Annual report on the lock hospitals of the Madras Presidency
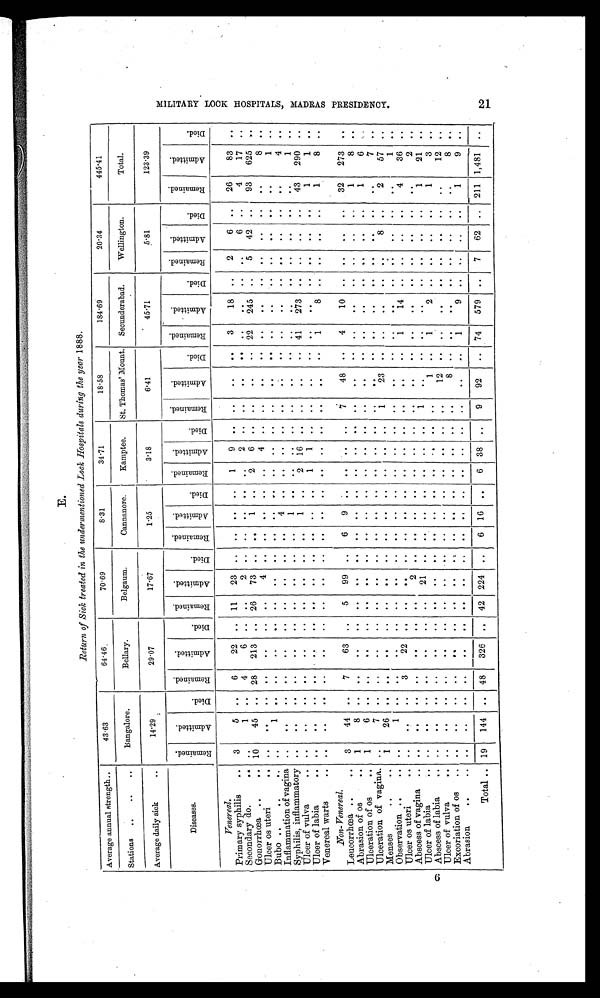
M I L I T A R Y L O C K H O S P I T A L S , M A D R A S P R E S I D E N C Y .
21
E.
Return of Sick, treated in the undermentioned Lock hospitals during the year 1888.
Average annual strength..
43.63
64.46
70.69
8.31
3 4 . 7 1
18.58
184.69
20.34
445.41
Stations 6 .. .. ..
Bangalore.
Bellary.
Bel gaum.
Cannanore.
Kamptee.
St. Thomas' Mount. Secunderabad.
Wellington.
Total.
Average daily sick
. .
14.29
29.07
17.67
1.25
3.18
6.41
45.71
5.81
123.39
Diseases.
R e m a i n e d .
A d m i t t e d .
D i e d .
R e m a i n e d .
A d m i t t e d .
D i e d .
R e m a i n e d . A d m i t t e d .
D i e d .
R e m a i n e .
A d m i t t e d .
D i e d .
R e m a i n e d .
A d m i t t e d .
D i e d .
R e m a i n e d .
A d m i t t e d .
D i e d .
R e m a i n e d .
A d m i t t e d .
D i e d .
R e m a i n e d .
A d m i t t e d .
D i e d .
R e m a i n e d . A d m i t t e d .
D i e d .
Venereal.
Primary syphilis
.. 3
5 ..
6
22
.. 11 23 .. ..
. .
. .
1
9
. .
. .
. .
. . 3
18
. . 2
6 .. 26
83
. .
Secondary do.
. . . .
1
. . 4
6 ..
. .
2
. . ..
. .
. . ..
2
. .
. .
. .
. .
. .
. .
..
. .
6
. .
4
17
..
Gonorrhœa ..
.. 10
45 .. 28 213 .. 26 73
. . ..
1
. . 2 6
. . ..
. .
.. 22 245
. . 5 42 ..
93 625
..
Ulcer os uteri
. . . .
. .
. .
. .
. . ..
. . 4
. . ..
. .
. .
. . 4
. . ..
. .
. .
..
. . . . ..
. . . . ..
8
. .
Bubo .. . .
..
1
. .
. .
. . .. . .
. .
. . ..
. .
. .
. .
. . . . ..
. .
. . ..
. .
. . . . .. .. ..
1 . .
Inflammation of vagina .. ..
. .
. .
. . ..
.. ..
. .
. . ..
4
. .
. .
. . . . .. ..
. .
. .
. .
. .
. .
. .
. .
4 . .
Syphilis, inflammatory ..
. .
. .
. .
. . .. . .
. .
. .
..
1
. .
. .
. . . . ..
. . ..
..
. .
. .
. .
. .
. .
. .
1 . .
Ulcer of vulva
.. ..
. .
. .
. .
. . . . . .
. .
. . ..
1
. . 2 16
. .
..
.. .. 41 273
. . ..
. .
. .
4 3 290
..
Ulcer of labia
. . ..
..
. .
. .
.. .. . .
. .
. . ..
. .
. . 1
1
. . ..
. . .. ..
. .
. . .. ..
. .
1
1 ..
Venereal warts
. . ..
. .
. .
. .
. .
. . . .
. .
. . ..
. .
. .
. .
. . . .
..
. . ..
1
8
. . ..
. .
. .
1
8 . .
Non-Venereal.
Leucorrhœa ..
. . 3
44
. . 7
63
.. 5 99
. . 6 9
. .
. . . .
. .
7
48 .. 4
10
. . ..
. . ..
32 273
. .
A b r a s i o n o f o s
. . 1
8
. .
. . ..
.. . .
. .
. . ..
. .
. .
. . . .
. . ..
. . .. ..
. .
. . ..
. . ..
1
8 ..
U l c e r a t i o n o f o s
. . 1
6
. .
. .
. .
..
. . . .
. . ..
. .
. .
. . . .
. .
..
. . ..
. .
. .
. .
..
. . .. 1
6 . .
Ulceration of vagina. ..
7 .. ..
. . ..
. .
. .
. . ..
. .
. .
. . . .
. . ..
. .
..
. .
. .
. .
..
. . ..
7
Menses
..
. . 1
26
. . ..
. . ..
. .
. .
. . ..
. .
. .
. . . .
. .
1
23 .. ..
. .
. .
..
8
..
2
5 7 ..
Observation ..
. . ..
1
. .
. .
. .
. . . .
. .
. .
..
. .
. .
. . . .
. . ..
. . ..
..
. .
. . ..
. . .. ..
1 ..
U l c e r o s u t e r i
. . ..
. .
. . 3
22
.. . .
. . .. ..
. .
. .
. .
. .
. .
..
. . ..
1
1 4
. .
..
. . ..
4
3 6
. .
Abscess of vagina .. ..
. .
. .
. .
. .
.. . .
2 .. ..
. .
. .
. .
. .
. . ..
. . ..
. .
. .
. .
..
. . ..
. .
2 ..
Ulcer of labia
..
. .
. .
. .
. .
.. . . 21 .. ..
. .
. .
. .
. .
. .
1
. . ..
. .
. .
. .
..
. . ..
1
2 1 ..
A b s c e s s o f l a b i a . .
..
. .
. .
. .
. .
.. . .
. . .. ..
. .
. .
. .
. .
. . ..
1 ..
1
2
. .
..
. . ..
1
3
..
U l c e r o f v u l v a
. . ..
. .
. . . .
. . ..
. . .. .. ..
. .
. .
. .
. . ..
12 ..
. .
. .
. .
..
. . .. ..
1 2 . .
Excoriation of os
..
. . ..
. .
. .
.. . .
. . ..
. . . .
. .
. .
. .
. .
..
8 ..
. .
. .
. .
.. . .
..
..
8
. .
Abrasion
..
. . ..
. .
. .
. .
. .
. . . . ..
.. ..
. .
. .
. .
. . . .
..
. . ..
1
9
. .
..
. .
..
1
9
. .
Total .. 19 144
. . 48 326 .. 42 224 ..
6 16
. .
6 38 ..
9 92
.. 74 579
. .
7 62 .. 211 1,481 ..